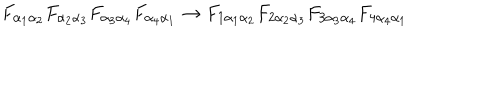
LaTeX: { F _ { \alpha _ { 1 } \alpha _ { 2 } } } { F _ { \alpha _ { 2 } \alpha _ { 3 } } } { F _ { \alpha _ { 3 } \alpha _ { 4 } } } { F _ { \alpha _ { 4 } \alpha _ { 1 } } } \rightarrow { F _ { 1 \alpha _ { 1 } \alpha _ { 2 } } } { F _ { 2 \alpha _ { 2 } \alpha _ { 3 } } } { F _ { 3 \alpha _ { 3 } \alpha _ { 4 } } } { F _ { 4 \alpha _ { 4 } \alpha _ { 1 } } }